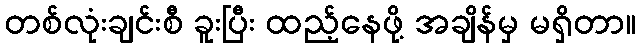
တစ်လုံးချင်းစီ ခူးပြီး ထည့်နေဖို့ အချိန်မှ မရှိတာ။